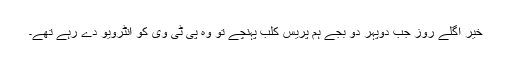
خیر اگلے روز جب دوپہر دو بجے ہم پریس کلب پہنچے تو وہ پی ٹی وی کو انٹرویو دے رہے تھے۔